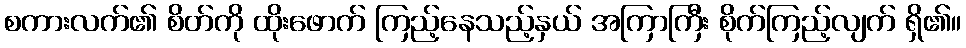
စကားလက်၏ စိတ်ကို ထိုးဖောက် ကြည့်နေသည့်နှယ် အကြာကြီး စိုက်ကြည့်လျက် ရှိ၏။